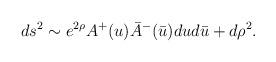
\begin{align*}ds^2 \sim e^{2\rho} A^+(u) \bar A^-(\bar u) du d\bar u + d\rho^2.\end{align*}